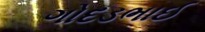
ગોદડભાઈ